Report on the lunatic asylums under the Government of Bombay - 1904-1913
Year: 1904
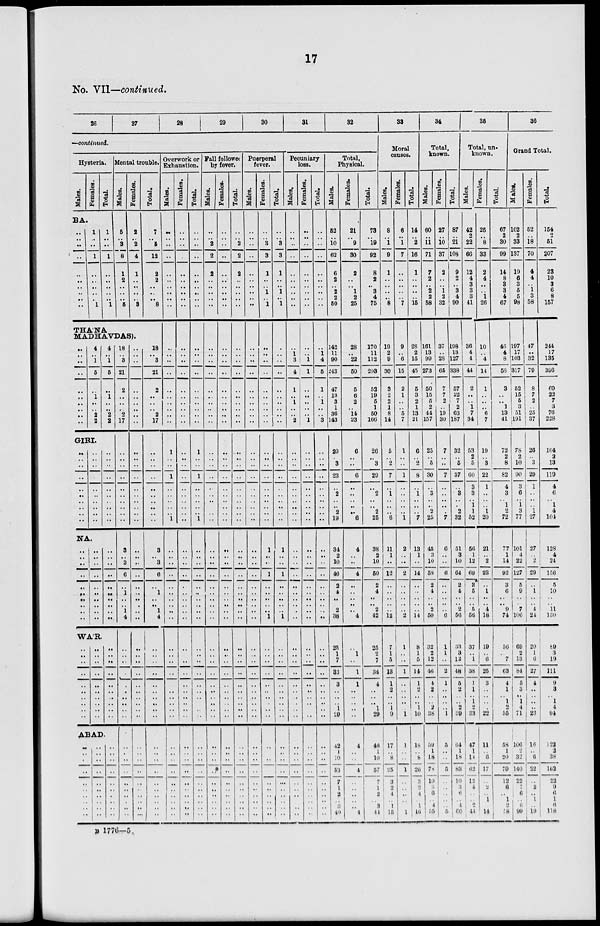
17
No. VII—continued.
26
27
28
29
30
31
32
—continued.
Hysteria.
Males.
Females.
Total.
BA.
..
.. ..
..
..
..
..
.. .. ..
1
.. ..
1
..
..
..
.. .. 1
1
.. ..
1
..
..
..
.. .. 1
Mental trouble.
Males.
5
.. 3
8
1
2
..
.. .. 5
Females.
2
.. 2
4
1
..
..
.. .. 3
Total.
7
.. 5
12
2
2
..
.. .. 8
THÁNA
MADHAVDAS).
..
.. ..
..
..
..
..
.. ..
..
4
.. 1
5
..
1
..
.. 2
2
4
.. 1
5
..
1
..
.. 2
2
GIRI.
..
..
..
..
..
..
..
..
..
..
..
..
..
..
..
..
..
..
..
..
..
..
..
..
..
..
..
..
..
..
NA.
..
..
..
..
..
..
..
..
.. ..
..
..
..
..
..
..
..
..
.. ..
..
..
..
..
..
..
..
..
.. ..
WA'R.
..
.. ..
..
..
..
..
.. .. ..
..
.. ..
..
..
..
.. .. ..
..
.. ..
..
..
..
..
.. .. ..
ABAD.
..
.. ..
..
..
.. ..
..
..
..
..
.. ..
..
..
.. ..
..
..
..
..
.. ..
..
..
.. ..
..
..
..
18
.. 3
21
2
..
..
.. 2
17
..
..
..
..
..
..
..
..
..
..
3
.. 3
6
..
1
..
.. 1
4
..
.. ..
..
..
..
..
.. .. ..
..
.. ..
..
..
.. ..
..
..
..
..
.. ..
..
..
..
..
.. ..
..
..
..
..
..
..
..
..
..
..
..
..
.. ..
..
..
..
..
.. ..
..
..
.. ..
..
..
..
..
.. .. ..
..
.. ..
..
..
.. ..
..
..
..
18
.. 3
21
2
..
..
.. 2
17
..
..
..
..
..
..
..
..
..
..
3
.. 3
6
..
1
..
.. 1
4
..
.. ..
..
..
..
..
.. .. ..
..
.. ..
..
..
.. ..
..
..
..
Overwork or
Exhaustion.
Males.
..
..
..
..
..
..
..
.. ..
..
..
..
..
..
..
..
..
..
..
..
1
..
..
1
..
..
..
..
.. 1
..
..
..
..
..
..
..
..
.. ..
..
..
..
..
..
..
..
.. .. ..
..
.. ..
..
..
.. ..
..
..
..
Females.
..
..
..
..
..
..
..
.. ..
..
..
..
..
..
..
..
..
..
..
..
..
..
..
..
..
..
..
..
.. ..
..
..
..
..
..
..
..
..
.. ..
..
..
..
..
..
..
..
.. .. ..
..
.. ..
..
..
.. ..
..
..
..
Total.
..
..
..
..
..
..
..
.. ..
..
..
..
..
..
..
..
..
..
..
..
1
..
..
1
..
..
..
..
.. 1
..
..
..
..
..
..
..
..
.. ..
..
..
..
..
..
..
..
.. .. ..
..
.. ..
..
..
.. ..
..
..
..
Fall followed
by fever.
Males.
..
..
2
2
2
.. ..
.. ..
..
..
..
..
..
..
..
..
..
..
..
..
.. ..
..
..
..
..
.. ..
..
..
..
..
..
..
..
..
..
..
..
..
.. ..
..
..
..
.. ..
.. ..
..
.. ..
..
..
..
..
..
..
..
Females.
..
.. ..
..
..
..
..
.. ..
..
..
..
..
..
..
..
..
..
..
..
..
..
..
..
..
..
..
..
.. ..
..
..
..
..
..
..
..
..
.. ..
..
..
..
..
..
..
..
.. .. ..
..
.. ..
..
..
.. ..
..
..
..
Total.
..
.. 2
2
2
..
..
.. ..
..
..
..
..
..
..
..
..
..
..
..
..
..
..
..
..
..
..
..
.. ..
..
..
..
..
..
..
..
..
.. ..
..
..
..
..
..
..
..
.. .. ..
..
.. ..
..
..
.. ..
..
..
..
Puerperal
fever.
Males.
..
.. ..
..
..
..
..
.. .. ..
..
..
..
..
..
..
..
..
..
..
..
..
..
..
..
..
..
..
.. ..
..
..
..
..
..
..
..
..
.. ..
..
..
..
..
..
..
..
.. .. ..
..
.. ..
..
..
.. ..
..
..
..
Females.
..
.. 3
3
1
..
.. 1
.. 1
..
..
..
..
..
..
..
..
..
..
..
..
..
..
..
..
..
..
.. ..
1
..
..
1
..
..
..
..
.. 1
..
..
..
..
..
..
..
.. .. ..
..
.. ..
..
..
.. ..
..
..
..
Total.
..
.. 3
3
1
..
.. 1
.. 1
..
..
..
..
..
..
..
..
..
..
..
..
..
..
..
..
..
..
.. ..
1
..
..
1
..
..
..
..
.. 1
..
..
..
..
..
..
..
.. .. ..
..
.. ..
..
..
.. ..
..
..
..
Pecuniary
loss.
Males.
..
.. ..
..
..
..
..
.. ..
..
..
1
3
4
1
.. 1
..
.. 2
..
..
..
..
..
..
..
..
.. ..
..
..
..
..
..
..
..
..
.. ..
..
..
..
..
..
..
..
.. .. ..
..
.. ..
..
..
.. ..
..
..
..
Females.
..
.. ..
..
..
..
..
.. ..
..
..
..
1
1
..
..
..
..
.. 1
..
..
..
..
..
..
..
..
.. ..
..
..
..
..
..
..
..
..
.. ..
..
..
..
..
..
..
..
.. ..
..
..
.. ..
..
..
.. ..
..
..
..
Total.
..
.. ..
..
..
..
..
.. ..
..
..
1
4
5
1
.. 1
..
.. 3
..
..
..
..
..
..
..
..
.. ..
..
..
..
..
..
..
..
..
.. ..
..
..
..
..
..
..
..
.. .. ..
..
.. ..
..
..
.. ..
..
..
..
Total,
Physical.
Males.
52
.. 10
62
6
2
.. 2
2
50
142
11
90
243
47
13
3
1
36
143
20
.. 3
23
..
2
..
.. 2
19
34
2
10
46
2
4
..
.. 2
38
25
1
7
33
3
..
..
.. 1
29
42
1
10
53
7
1
2
.. 3
40
Females.
21
.. 9
30
2
..
.. 1
2
25
28
.. 22
50
5
6
2
.. 14
23
6
.. ..
6
..
..
..
.. ..
6
4
..
..
4
..
..
..
.. ..
4
..
1
..
1
1
..
..
.. .. ..
4
.. ..
4
..
.. ..
..
.. 4
Total.
73
.. 19
92
8
2
.. 3
4
75
170
11
112
293
52
19
5
1
50
166
26
.. 3
29
..
2
..
.. 2
25
38
2
10
50
2
4
..
.. 2
42
25
2
7
34
4
..
..
.. 1
29
46
1
10
57
7
1
2
.. 3
44
33
Moral
causes.
Males.
8
.. 1
9
1
..
..
.. .. 8
19
2
9
30
3
2
2
1
8
14
5
.. 2
7
..
1
..
..
.. 6
11
1
..
12
..
..
..
..
.. 12
7
1
5
13
1
2
..
.. 1
9
17
.. 8
25
3
2
4
.. 1
15
Females.
6
.. 1
7
..
..
..
.. .. 7
9
..
6
15
2
1
.. ..
5
7
1
.. ..
1
..
..
..
..
.. 1
2
..
..
2
..
..
..
..
.. 2
1
.. ..
1
..
..
..
.. .. 1
1
.. ..
1
..
.. ..
..
.. 1
Total.
14
.. 2
16
1
..
..
.. .. 15
28
2
15
45
5
3
2
1
13
21
6
.. 2
8
..
1
..
..
.. 7
13
1
..
14
..
..
..
..
.. 14
8
1
5
14
1
2
..
.. 1
10
18
.. 8
26
3
2
4
.. 1
16
34
Total,
known.
Males.
60
.. 11
71
7
2
.. 2
2
58
161
13
99
273
50
15
5
2
44
157
25
.. 5
30
..
3
..
.. 2
25
45
3
10
58
2
4
..
.. 2
50
32
2
12
46
4
2
..
.. 2
38
59
1
18
78
10
3
6
.. 4
55
Females.
27
.. 10
37
2
..
.. 1
2
32
37
..
28
65
7
7
2
..
19
30
7
.. ..
7
..
..
..
.. ..
7
6
..
..
6
..
..
..
..
.. 6
1
1
..
2
1
..
..
.. ..
1
5
..
..
5
..
..
..
..
.. 5
Total.
87
.. 21
108
9
2
.. 3
4
90
198
13
127
338
57
22
7
2
63
187
32
.. 5
37
..
3
.. .
2
32
51
3
10
64
2
4
..
.. 2
56
33
3
12
48
5
2
..
.. 2
39
64
1
18
83
10
3
6
.. 4
60
35
Total, un-
known.
Males.
42
2
22
66
12
4
3
3
3
41
36
4
4
44
2
..
.. 1
7
34
53
2
5
60
3
3
.. 1
1
52
56
1
12
69
3
5
..
.. 5
56
37
.. 1
38
1
1
.. 1
2
33
47
1
14
62
12
4
..
.. 2
44
Females.
25
..
8
33
2
4
..
.. 1
26
10
.. 4
14
1
..
.. ..
6
7
19
.. 3
22
1
..
..
.. 1
20
21
.. 2
23
..
1
..
.. 4
18
19
.. 6
25
3
..
..
.. .. 22
11
.. 6
17
..
2
.. 1
.. 14
Total.
67
2
30
99
14
8
3
3
4
67
46
4
8
58
3
..
.. 1
13
41
72
2
8
82
4
3
.. 1
2
72
77
1
14
92
3
6
..
.. 9
74
56
.. 7
63
4
1
.. 1
2
55
58
1
20
70
12
6
..
1
2
58
36
Grand Total.
Males.
102
2
33
137
19
6
3
5
5
98
197
17
103
317
52
15
5
3
51
191
78
2
10
90
3
6
.. 1
3
77
101
4
22
127
5
9
..
.. 7
106
69
2
13
84
5
3
.. 1
4
71
106
2
32
140
22
7
6
..
6
99
Females.
52
..
18
70
4
4
.. 1
3
58
47
..
32
79
8
7
2
.. 25
37
26
.. 3
29
1
..
..
.. 1
27
27
..
2
29
..
1
..
.. 4
24
20
1
6
27
4
..
.. ..
.. 23
16
..
6
22
..
2
.. 1
..
19
Total.
154
2
51
207
23
10
3
6
8
157
244
17
135
396
60
22
7
3
76
228
104
2
13
119
4
6
.. 1
4
104
128
4
24
156
5
10
..
.. 11
130
89
3
19
111
9
3
.. 1
4
94
122
2
38
162
22
9
6
1
6
118
B 1776—5